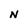
Character: N